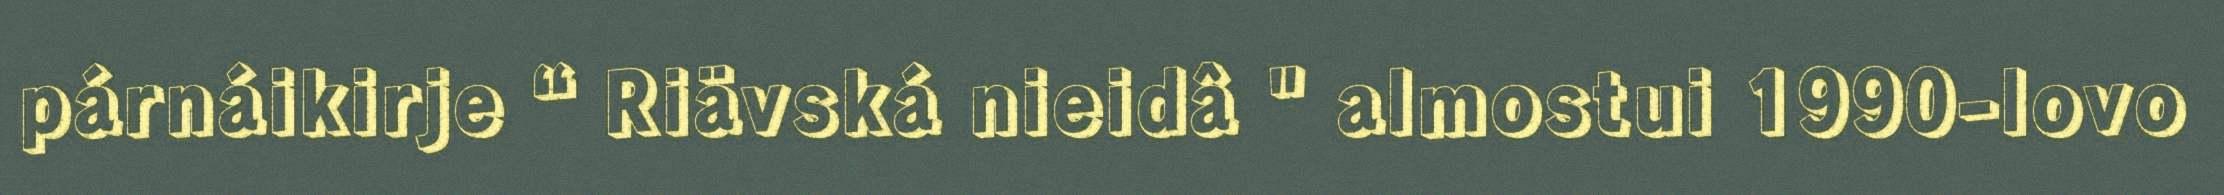
párnáikirje “ Riävská nieidâ " almostui 1990-lovo